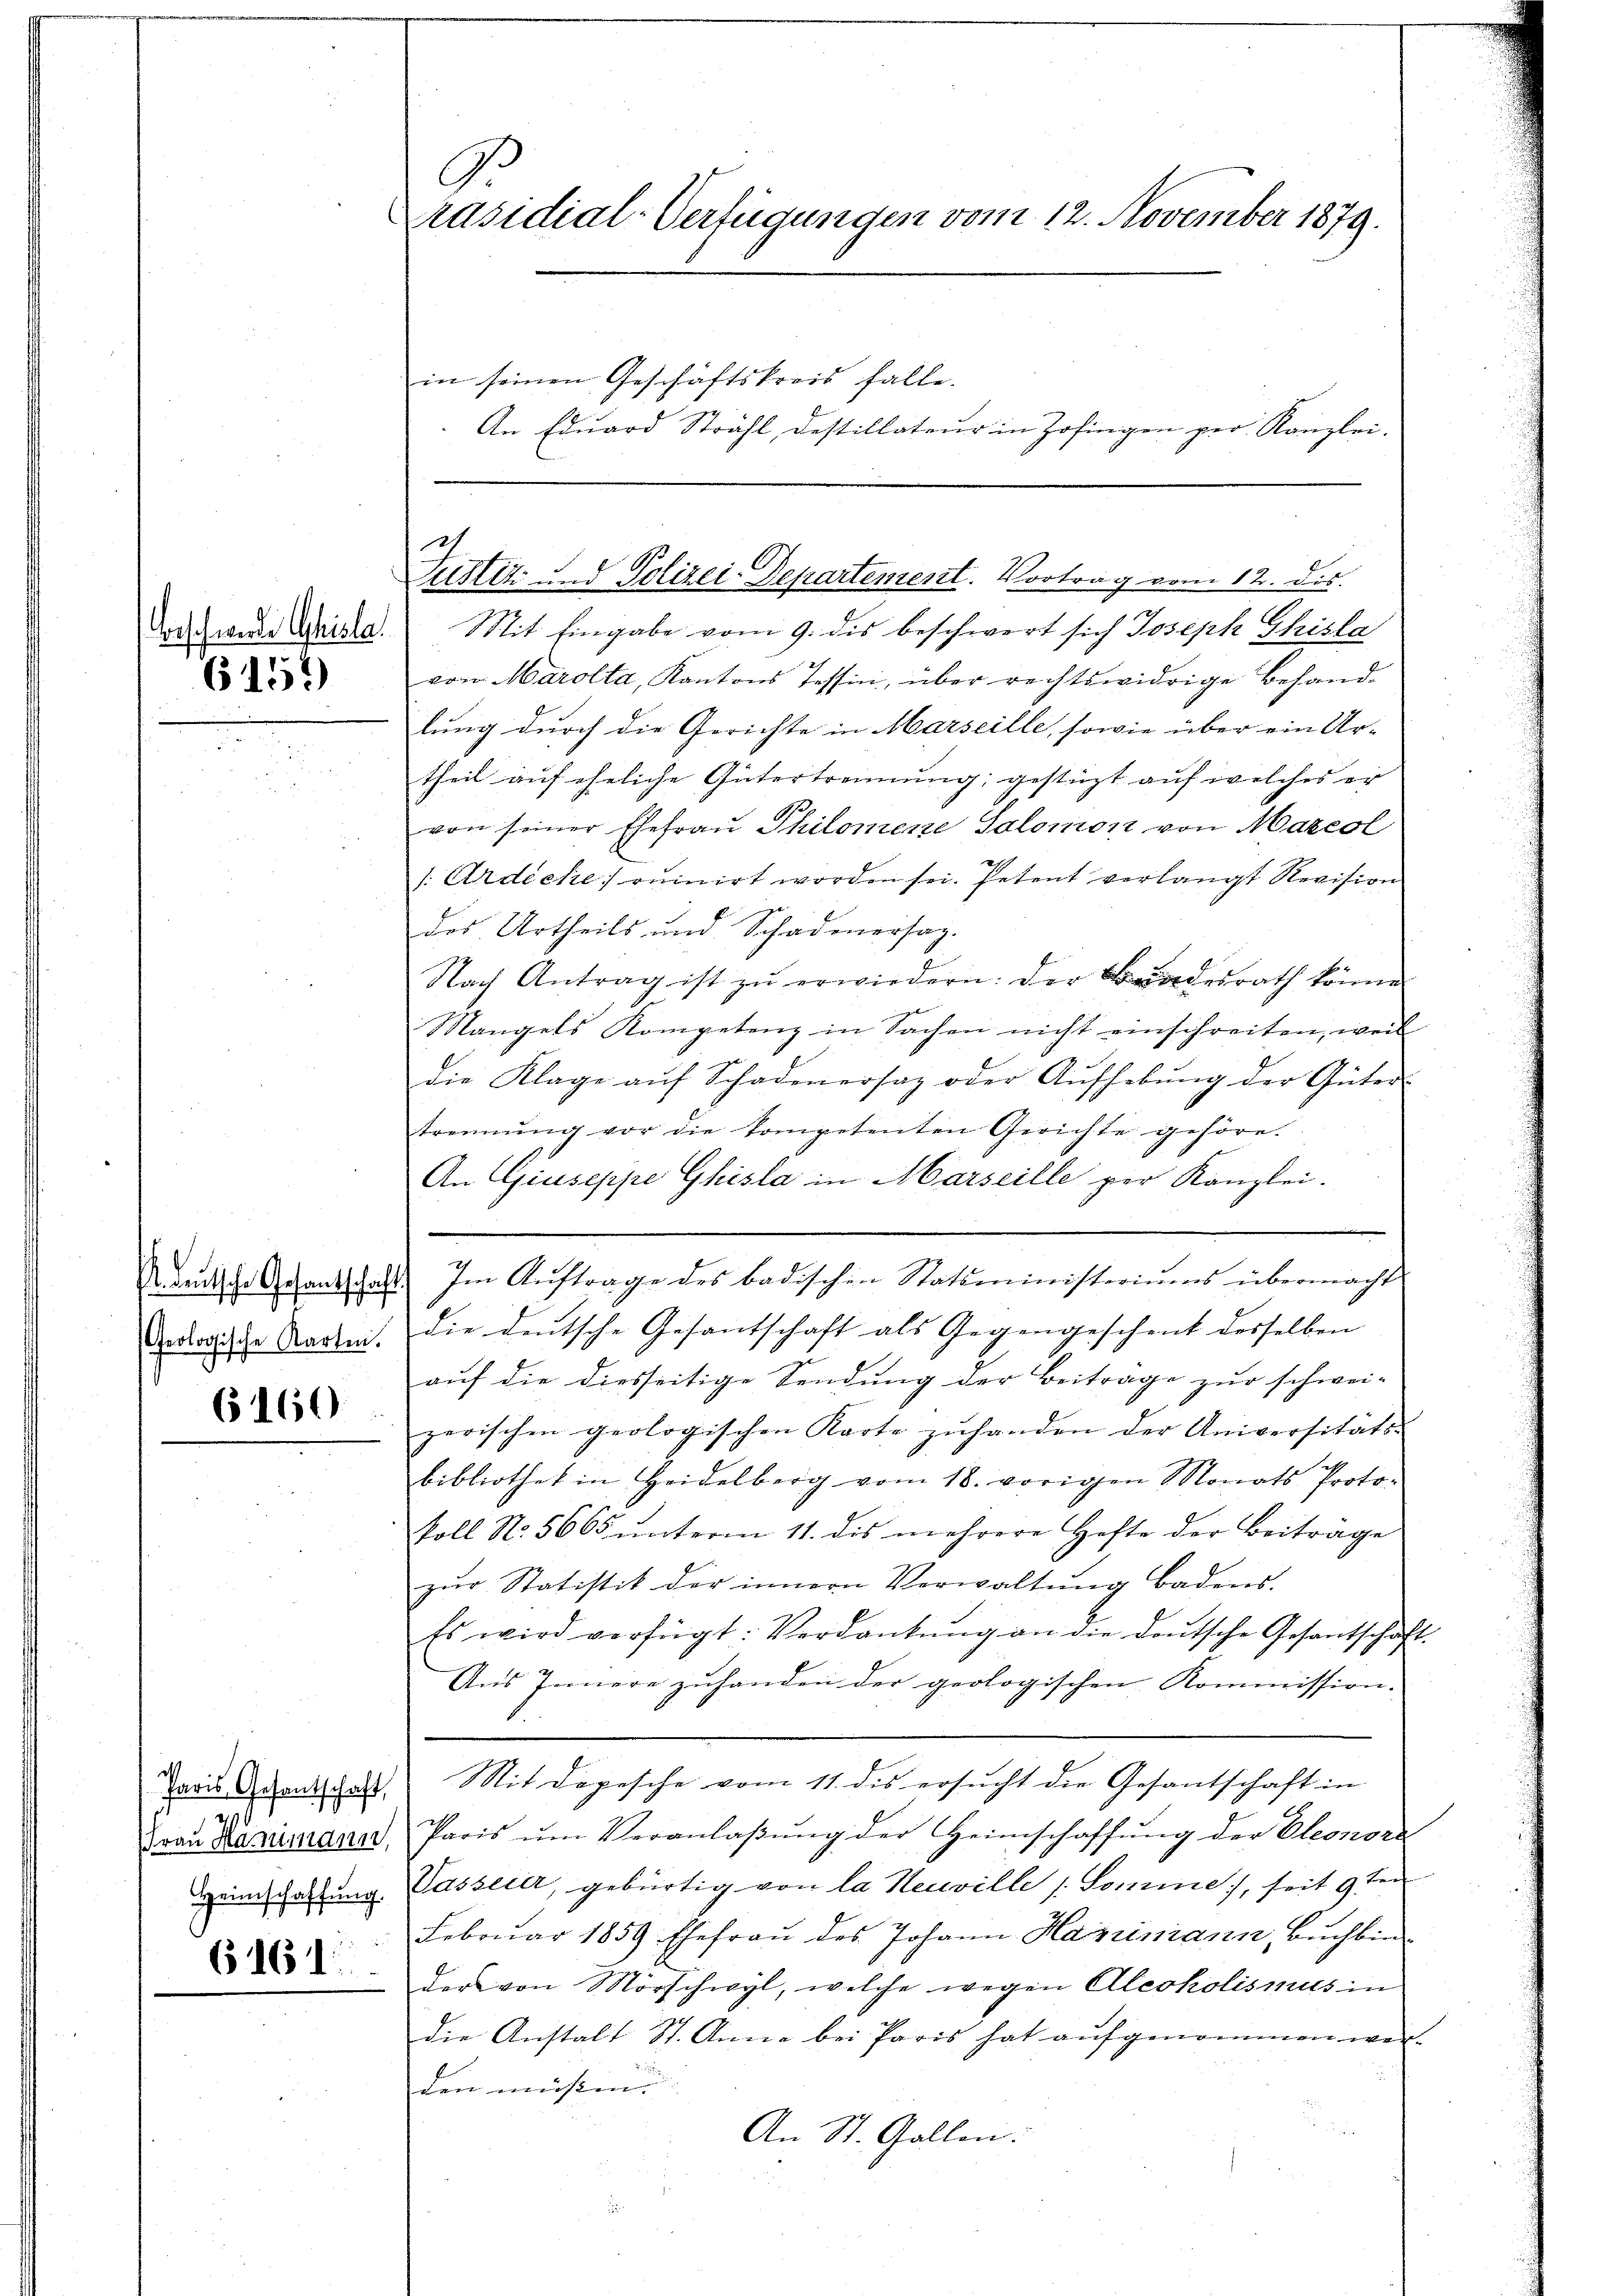
G157)

6160

Paris Gesantschaft,
0

6161

G
Präsidial-Verfügungen vom 12. November 1879.
in seinen Geschäftskreis falle.
An Edŭard Strahl, destillateur in Zofingen per Kanzlei.

2.
Zustiz und Polizei-Departement. Vortrag vom 12. dis

Draschwerde Meiste. Mit Eingabe vom 9. des beschwert sich Joseph Thirla
von Marolta, Kantons Tessin, über rechtswidrige Behand-
lung durch die Gerichte in Marseille, sowie über ein Ur-
theil auf eheliche Gütertrennung; gestüzt auf welches er
von seiner Ehefrau Philomene Salomon von Mazeol
/Ardecke] ouinirt worden sei. Petent verlangt Revision
des Urtheils und Schadenersag-
Nach Antrag ist zŭ erwiedern: der Bundesrath könne
Mangels Kompetenz in Sachen nicht einschreiten, weil
die Klage aŭf Schadenersag oder Aŭfhebŭng der Güter-
trennung vor die kompetenten Gerichte gehöre.
An Giuseppe Ghisla in Marseille per Kanzlei.
Retsches gehandschaft. Im Aŭftrage des badischen Statsministeriums übermacht
Dectrische Karten. die deutsche Gesantschaft als Gegengeschent desselben
auf die diesseitige Sendung der Beitrage zur schwei-
zerischen geologischen Karte zuhanden der Universitäts-
bibliothek in Heidelberg vom 18. vorigen Monats Proto-
soll No. 5665 ŭnterm 11. dis mehrere Hefte der Beiträge
zŭr Statistik der innern Verwaltŭng badens.
Es wird verfügt: Verdankŭng an die deŭtsche Gesantschaft-
Aus Innere zuhanden der geologischen Kommission.
Mit Depesche vom 11. des ersucht die Gesantschaft in
Fraŭ Kazumana Paris ŭm Veranlaβŭng der Heimschaffŭng der Eleonora
Weinschaftung. Passerer, gebürtig von la Neuville (Somme, seit 9 ten
Februar 1859 Ehefraŭ des Johann Hariniann, Buchbin
der von Mörschwyl, welche wegen Aleoholismus in
die Anstalt St. Anna bei Paris hat aŭfgenommen wer-
den müssen
An St. Gallen.